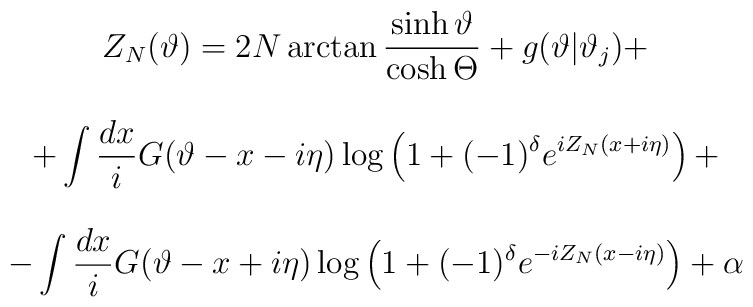
\begin{array}{c}Z_{N}(\vartheta )=2N\arctan \displaystyle\frac{\sinh \vartheta }{\cosh \Theta }+g(\vartheta |\vartheta _{j})+\\\\+\displaystyle\int \displaystyle\frac{dx}{i}G(\vartheta -x-i\eta )\log \left( 1+(-1)^{\delta }e^{iZ_{N}(x+i\eta )}\right) +\\\\-\displaystyle\int \displaystyle\frac{dx}{i}G(\vartheta -x+i\eta )\log \left( 1+(-1)^{\delta }e^{-iZ_{N}(x-i\eta )}\right) +\alpha \end{array}